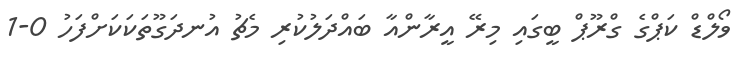
ވޯލްޑް ކަޕްގެ ގްރޫޕް ބީގައި މިރޭ އީރާންއާ ބައްދަލުކުރި މެޗު އުނދަގޫތަކަކަށްފަހު 0-1